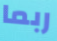
ربما